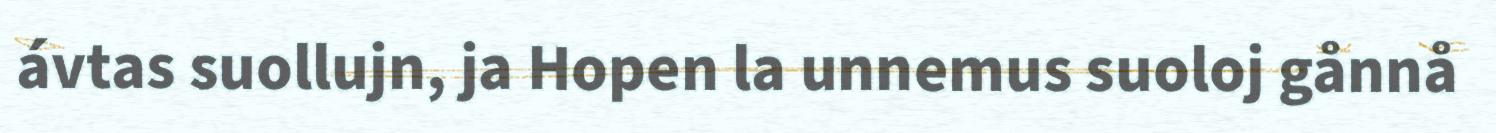
ávtas suollujn, ja Hopen la unnemus suoloj gånnå